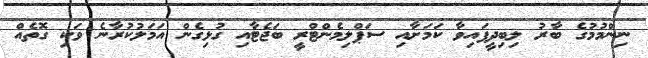
ނިންމުމުގެ ބާރު ލިބިދީފައިވާ ކަމަށާއި ސަޕްލިމެންޓްރީ ބަޖެޓާއި ގުޅިގެން އަމަލުކުރާނެ ވަކި ގޮތެއް